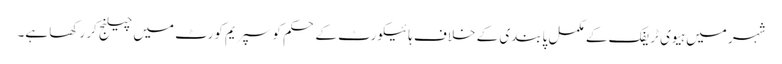
شہر میں ہیوی ٹریفک کے مکمل پابندی کے خلاف ہائیکورٹ کے حکم کو سپریم کورٹ میں چیلنج کر رکھا ہے۔